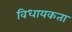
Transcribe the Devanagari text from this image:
विधायकता